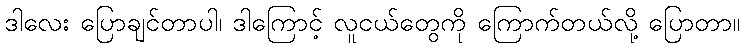
ဒါလေး ပြောချင်တာပါ၊ ဒါကြောင့် လူငယ်တွေကို ကြောက်တယ်လို့ ပြောတာ။